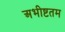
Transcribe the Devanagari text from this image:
अभीष्टतम